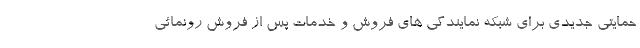
حمایتی جدیدی برای شبکه نمایندگی های فروش و خدمات پس از فروش رونمائی